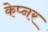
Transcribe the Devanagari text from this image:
केप्नर